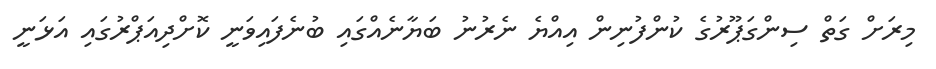
މިރަށް ގަތް ސިންގަޕޫރުގެ ކުންފުނިން އިއްޔެ ނެރުނު ބަޔާނެއްގައި ބުނެފައިވަނީ ކޮށްދިއަޕްރުގައި އަޅަނީ